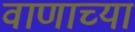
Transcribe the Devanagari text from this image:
वाणाच्या